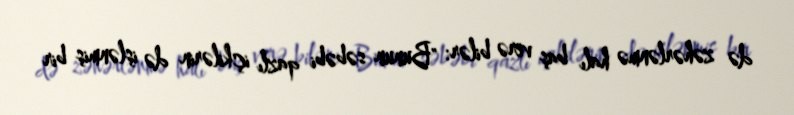
də zəhərlənmə halı baş verə bilər: "Bunun səbəbi qazlı içkilərin də işlənmiş bir